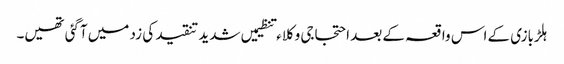
ہلڑبازی کے اس واقعہ کے بعد احتجاجی وکلاء تنظیمیں شدید تنقید کی زد میں آگئی تھیں۔